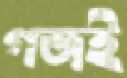
গজই